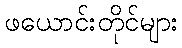
ဖယောင်းတိုင်များ